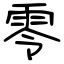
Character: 零